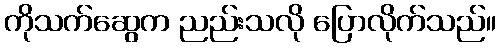
ကိုသက်ဆွေက ညည်းသလို ပြောလိုက်သည်။